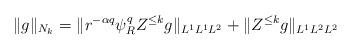
LaTeX: \begin{align*} \|g\|_{N_k} = \| r^{- \alpha q} \psi_R^q Z^{\le k} g \|_{L^1 L^1 L^{2}} + \|Z^{\le k} g\|_{L^1 L^2 L^2}\end{align*}